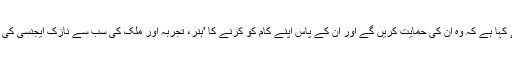
سینیٹ کی انٹیلیجنس کمیٹی کے چیئرمین رپبلکن رچرڈ بر نے کہا ہے کہ وہ اُن کی حمایت کریں گے اور اُن کے پاس اپنے کام کو کرنے کا 'ہنر، تجربہ اور ملک کی سب سے نازک ایجنسی کی قیادت کرنے کے لیے فیصلہ کرنے کی صلاحیت موجود ہے۔